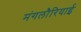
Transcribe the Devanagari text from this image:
मंगलौरियाई